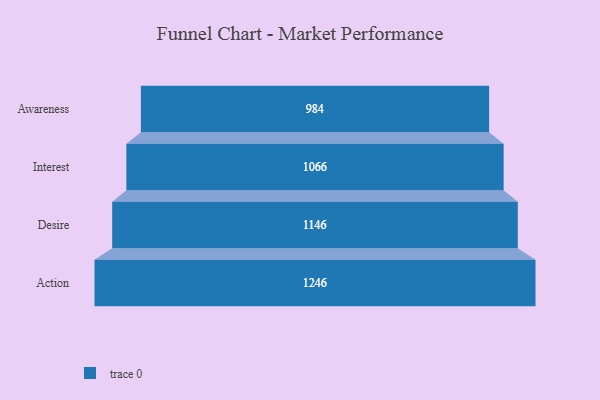
{"axis": {"x": "Stage", "y": "Value"}, "legend": [""], "data": [{"x": "Awareness", "y": 984.0, "type": ""}, {"x": "Interest", "y": 1066.0, "type": ""}, {"x": "Desire", "y": 1146.0, "type": ""}, {"x": "Action", "y": 1246.0, "type": ""}]}